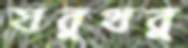
যবুথবু